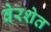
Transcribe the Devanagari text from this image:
वेरशेत